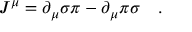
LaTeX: J ^ { \mu } = \partial _ { \mu } \sigma \pi - \partial _ { \mu } \pi \sigma \quad .